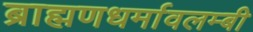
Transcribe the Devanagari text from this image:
ब्राह्मणधर्मावलम्बी